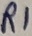
Text: R1